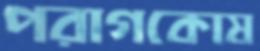
পরাগকোষ